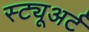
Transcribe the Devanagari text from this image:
स्ट्यूअर्ट